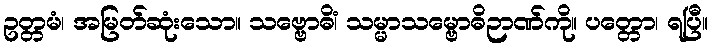
ဥတ္တမံ၊ အမြတ်ဆုံးသော။ သဗ္ဗောဓိံ၊ သမ္မာသမ္ဗောဓိဉာဏ်ကို။ ပတ္တော၊ ရပြီ။